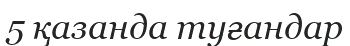
5 қазанда туғандар